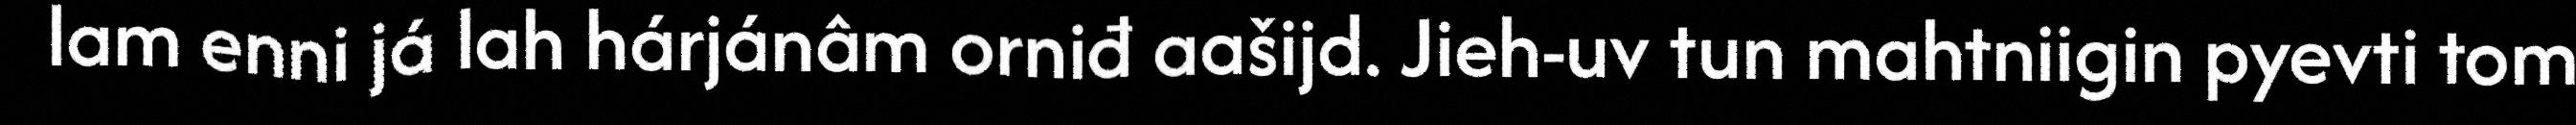
lam enni já lah hárjánâm orniđ aašijd. Jieh-uv tun mahtniigin pyevti tom